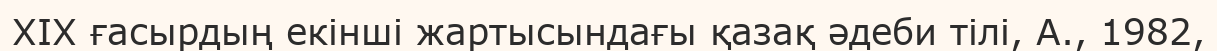
ХІХ ғасырдың екінші жартысындағы қазақ әдеби тілі, А., 1982,